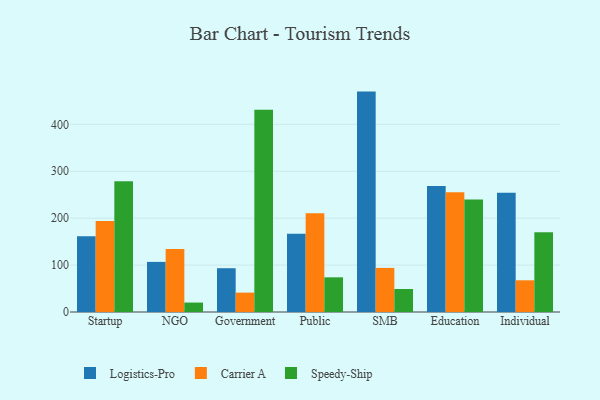
{"axis": {"x": "Segment", "y": "Population (Million)"}, "legend": ["Carrier A", "Logistics-Pro", "Speedy-Ship"], "data": [{"x": "Startup", "y": 161.6, "type": "Logistics-Pro"}, {"x": "Startup", "y": 193.9, "type": "Carrier A"}, {"x": "Startup", "y": 278.6, "type": "Speedy-Ship"}, {"x": "NGO", "y": 106.8, "type": "Logistics-Pro"}, {"x": "NGO", "y": 134.3, "type": "Carrier A"}, {"x": "NGO", "y": 20.1, "type": "Speedy-Ship"}, {"x": "Government", "y": 93.3, "type": "Logistics-Pro"}, {"x": "Government", "y": 41.3, "type": "Carrier A"}, {"x": "Government", "y": 431.1, "type": "Speedy-Ship"}, {"x": "Public", "y": 166.7, "type": "Logistics-Pro"}, {"x": "Public", "y": 210.7, "type": "Carrier A"}, {"x": "Public", "y": 73.9, "type": "Speedy-Ship"}, {"x": "SMB", "y": 469.8, "type": "Logistics-Pro"}, {"x": "SMB", "y": 94.0, "type": "Carrier A"}, {"x": "SMB", "y": 49.0, "type": "Speedy-Ship"}, {"x": "Education", "y": 268.8, "type": "Logistics-Pro"}, {"x": "Education", "y": 255.5, "type": "Carrier A"}, {"x": "Education", "y": 239.7, "type": "Speedy-Ship"}, {"x": "Individual", "y": 254.3, "type": "Logistics-Pro"}, {"x": "Individual", "y": 67.6, "type": "Carrier A"}, {"x": "Individual", "y": 169.8, "type": "Speedy-Ship"}]}